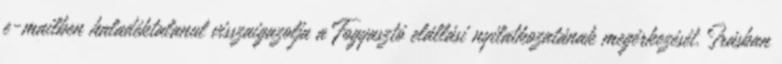
e-mailben haladéktalanul visszaigazolja a Fogyasztó elállási nyilatkozatának megérkezését. Írásban